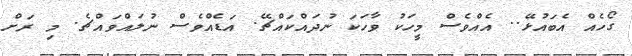
ގޯހެއް އެބައުޅޭ.. އެއްވެސް މީހަކު ވާހަކަ ނުދައްކައްޗޭ. އަޑެއްވެސް ނުލައްވައްޗެ. މި ރަށް